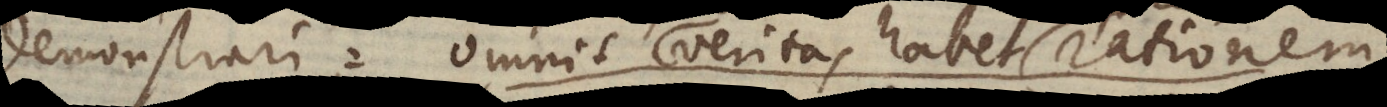
demonstrari: omnis veritas habet rationem,